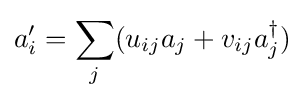
a'_{i}=\sum _{j}(u_{ij}a_{j}+v_{ij}a_{j}^{\dagger })